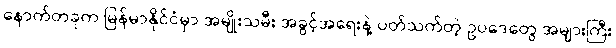
နောက်တခုက မြန်မာနိုင်ငံမှာ အမျိုးသမီး အခွင့်အရေးနဲ့ ပတ်သက်တဲ့ ဥပဒေတွေ အများကြီး